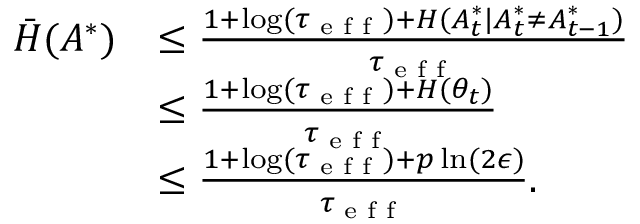
\begin{array} { r l } { \bar { H } ( A ^ { * } ) } & { \leq \frac { 1 + \log ( \tau _ { \textup { e f f } } ) + H ( A _ { t } ^ { * } | A _ { t } ^ { * } \ne A _ { t - 1 } ^ { * } ) } { \tau _ { \textup { e f f } } } } \\ & { \leq \frac { 1 + \log ( \tau _ { \textup { e f f } } ) + H ( \theta _ { t } ) } { \tau _ { \textup { e f f } } } } \\ & { \leq \frac { 1 + \log ( \tau _ { \textup { e f f } } ) + p \ln ( 2 \epsilon ) } { \tau _ { \textup { e f f } } } . } \end{array}